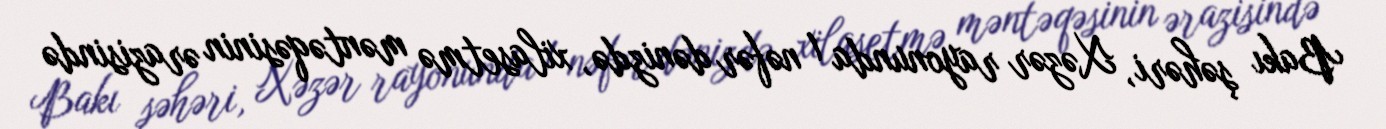
Bakı şəhəri, Xəzər rayonunda 1 nəfər dənizdə, xilasetmə məntəqəsinin ərazisində